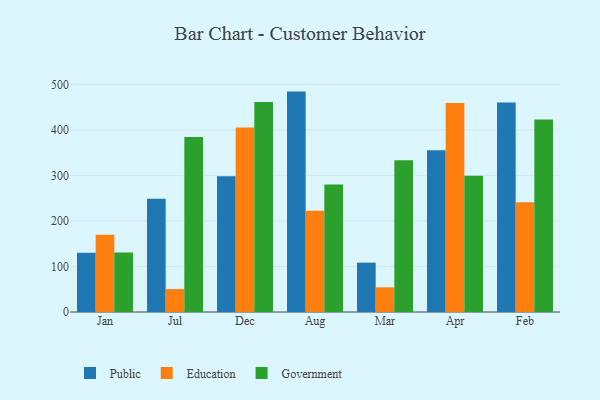
{"axis": {"x": "Month", "y": "Gross Profit (USD K)"}, "legend": ["Education", "Government", "Public"], "data": [{"x": "Jan", "y": 130.2, "type": "Public"}, {"x": "Jan", "y": 169.4, "type": "Education"}, {"x": "Jan", "y": 130.9, "type": "Government"}, {"x": "Jul", "y": 248.6, "type": "Public"}, {"x": "Jul", "y": 50.4, "type": "Education"}, {"x": "Jul", "y": 384.5, "type": "Government"}, {"x": "Dec", "y": 298.2, "type": "Public"}, {"x": "Dec", "y": 405.0, "type": "Education"}, {"x": "Dec", "y": 461.2, "type": "Government"}, {"x": "Aug", "y": 484.0, "type": "Public"}, {"x": "Aug", "y": 222.4, "type": "Education"}, {"x": "Aug", "y": 280.2, "type": "Government"}, {"x": "Mar", "y": 108.4, "type": "Public"}, {"x": "Mar", "y": 54.2, "type": "Education"}, {"x": "Mar", "y": 333.3, "type": "Government"}, {"x": "Apr", "y": 355.0, "type": "Public"}, {"x": "Apr", "y": 459.1, "type": "Education"}, {"x": "Apr", "y": 299.4, "type": "Government"}, {"x": "Feb", "y": 459.8, "type": "Public"}, {"x": "Feb", "y": 240.8, "type": "Education"}, {"x": "Feb", "y": 423.0, "type": "Government"}]}